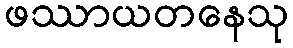
ဖဿာယတနေသု